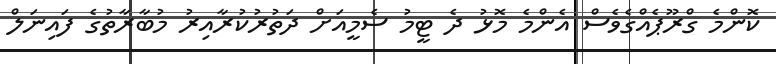
ކޮންމެ ގްރޫޕެއްގެވެސް އެންމެ މޮޅު ދެ ޓީމު ސެމީއަށް ދަތުރުކުރާއިރު މުބާރާތުގެ ފައިނަލް